Report of the Indian Hemp Drugs Commission, 1894-1895 - Volume VII
Year: 1894
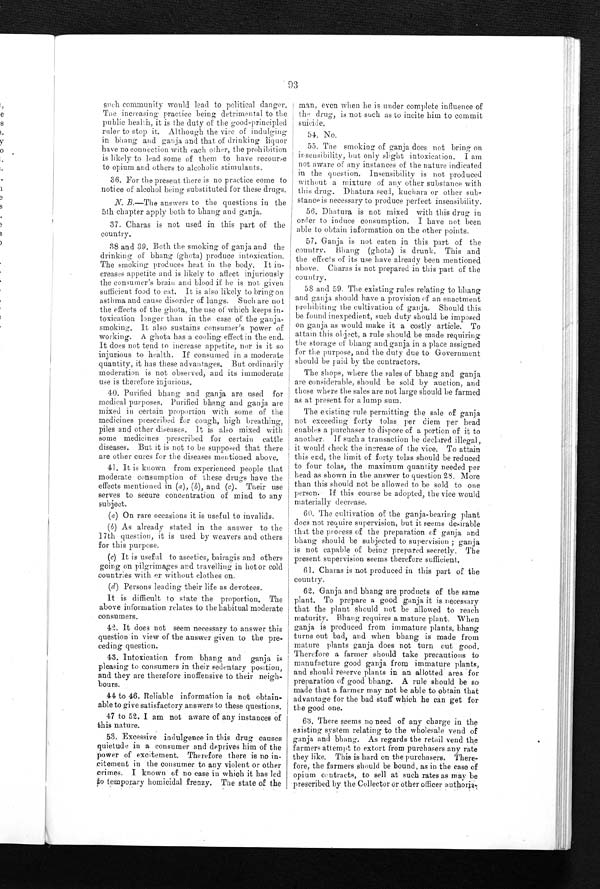
93
such community would lead to political danger.
The increasing practice being detrimental to the
public health, it is the duty of the good-principled
ruler to stop it. Although the vice of indulging
in bhang and ganja and that of drinking liquor
have no connection with each other, the prohibition
is likely to lead some of them to have recourse
to opium and others to alcoholic stimulants.
36. For the present there is no practice come to
notice of alcohol being substituted for these drugs.
N. B.—The answers to the questions in the
5th chapter apply both to bhang and ganja.
37. Charas is not used in this part of the
country.
38 and 39. Both the smoking of ganja and the
drinking of bhang (ghota) produce intoxication.
The smoking produces heat in the body. It in
-
creases appetite and is likely to affect injuriously
the consumer's brain and blood if he is not, given
sufficient food to eat. It is also likely to bring on
asthma and cause disorder of lungs. Such are not
the effects of the ghota, the use of which keeps in
-
toxication longer than in the case or the ganja
-
smoking. It also sustains consumer's power of
working. A
gh ota
has a cooling effect in the end.
It does not tend to increase appetite, nor is it so
injurious to health. If consumed in a moderate
quantity, it has these advantages. But ordinarily
moderation is not observed, and its immoderate
use is therefore injurious.
40. Purified bhang and ganja are used for
medical purposes, Purified bhang and ganja are
mixed in certain proportion with some of the
medicines prescribed for cough, high breathing,
piles and other diseases. It is also mixed with
some medicines prescribed for certain cattle
diseases. But it is not to be supposed that there
are other cures for the diseases mentioned above.
41. It is known from experienced people that
moderate consumption of these drugs have the
effects mentioned in ( a ) , (b) , and (c) . Their use
serves to secure concentration of mind to any
subject.
( a ) On rare occasions it is useful to invalids.
(b) As already stated in the answer to the
17th question, it is used by weavers and others
for this purpose.
(c) It is useful to ascetics, bairagis and others
going on pilgrimages and travelling in hot or cold
countries with or without clothes on.
(d) Persons leading their life as devotees.
It is difficult to state the proportion. The
above information relates to the habitual moderate
consumers.
42. It does not seem necessary to answer this
question in view of the answer given to the pre
-
ceding question.
43. Intoxication from bhang and ganja is
pleasing to consumers in their sedentary position,
and they are therefore inoffensive to their neigh
-
bours.
44 to 46. Reliable information is not obtain
-
able to give satisfactory answers to these questions.
47 to 52. I am not aware of any instances of
this nature.
53. Excessive indulgence in this drug causes
quietude in a consumer and deprives him of the
power of excitement. Therefore there is no in
-
citement in the consumer to any violent or other
crimes. I known of no case in which it has led
to temporary homicidal frenzy. The state of the
man, even when he is under complete influence of
the drug, is not such as to incite him to commit
suicide.
54. No.
5 5
. T h e s m o k i n g o f g a n j a d o e s n o t b r i n g o n
insensibility, but only slight intoxication. I am
not aware of any instances of the nature indicated
in the question. Insensibility is not produced
without a mixture of any other substance with
this drug. Dhatura seed, kuchara or other sub
-
stance is necessary to produce perfect insensibility.
56. Dhatura is not mixed with this drug in
order to induce consumption. I have not been
able to obtain information on the other points.
57. Ganja is not eaten in this part of the
country. Bhang (ghota) is drunk. This and
the effects of its use have already been mentioned
above. Charas is not prepared in this part of the
country.
58 and 59. The existing rules relating to bhang
and ganja should have a provision of an enactment
prohibiting the cultivation of ganja. Should this
be found inexpedient, such duty should be imposed
on ganja as would make it a costly article. To
attain this object, a rule should be made requiring
the storage of bhang and ganja in a place assigned
for the purpose, and the duty due to Government
should be paid by the contractors.
The shops, where the sales of bhang and ganja
are considerable, should be sold by auction, and
those where the sales are not large should be farmed
as at present for a lump sum.
The existing rule permitting the sale of ganja
not exceeding forty tolas per diem per head
enables a purchaser to dispose of a portion of it to
another. If such a transaction be declared illegal,
it, would cheek the increase of the vice. To attain
this end, the limit of forty toles should be reduced
to four tolas, the maximum quantity needed per
head as shown in the answer to question 28. More
than this should not be allowed to be sold to one
person. If this course be adopted, the vice would
materially decrease.
60. The cultivation of the ganja-bearing plant
does not, require supervision, but it seems desirable
that the process of the preparation of ganja and
bhang should be subjected to supervision; ganja
is not capable of being prepared secretly, The
present supervision seems therefore sufficient.
61. Charas is not produced in this part of the
country.
62. Ganja and bhang are products of the same
plant. To prepare a good ganja it is necessary
that the plant should not be allowed to reach
maturity. Bhang requires a mature plant. When
ganja is produced from immature plants, bhang
turns out bad, and when bhang is made from
mature plants ganja does not turn out good.
Therefore a farmer should take precautions to
manufacture good ganja from immature plants,
and should reserve plants in an allotted area for
preparation of good bhang. A rule should be so
made that a farmer may not be able to obtain that
advantage for the bad stuff which he can get for
the good one.
6 3 . T h e r e s e e m s n o n e e d o f a n y c h a r g e i n t h e
existing system relating to the wholesale vend of
ganja and bhang. As regards the retail vend the
farmers attempt to extort from purchasers any rate
they like. This is hard on the purchasers. There
-
fore, the farmers should be bound, as in the case of
opium contracts, to sell at such rates as may be
prescribed by the Collector or other officer authoriz-